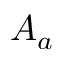
A _ { a }